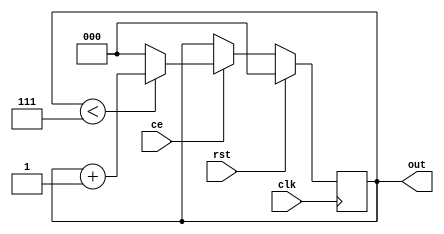
`timescale 1ns / 1ps
//////////////////////////////////////////////////////////////////////////////////
// Company: 
// Engineer: 
// 
// Design Name: 
// Module Name:    counter_modN 
// Project Name: 
// Target Devices: 
// Tool versions: 
// Description: 
//
// Dependencies: 
//
// Revision: 
// Revision 0.01 - File Created
// Additional Comments: 
//
//////////////////////////////////////////////////////////////////////////////////
module counter_modN #
(
	parameter N = 8,
	parameter WIDTH = clog2(N) - 1
)
(
    input clk,
    input ce,
    input rst,
    output [WIDTH:0] out
);
	function integer clog2;
	input integer value;
	begin
	value = value-1;
	for (clog2=0; value>0; clog2=clog2+1)
	value = value>>1;
	end
	endfunction
	
reg [WIDTH:0] val = 0; // init

always @(posedge clk)
	begin
		if(rst) val<= 0;
		else begin
			if(ce) begin
				if(val < N - 1) val<=val+1;
				else val <= 0;
			end
			else val<=val;
		end
	end
assign out=val;
endmodule